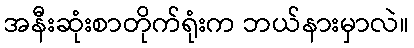
အနီးဆုံးစာတိုက်ရုံးက ဘယ်နားမှာလဲ။